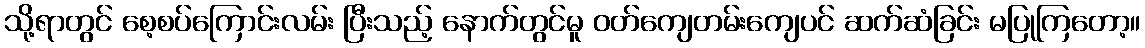
သို့ရာတွင် စေ့စပ်ကြောင်းလမ်း ပြီးသည့် နောက်တွင်မူ ဝတ်ကျေတမ်းကျေပင် ဆက်ဆံခြင်း မပြုကြတော့။